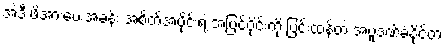
အဲဒီ ဖိအားပေးအခန်း အစိတ်အပိုင်းရဲ့ အပြင်ပိုင်းကို ပြင်းထန်တဲ့ အပူဒဏ်ခံနိုင်တဲ့